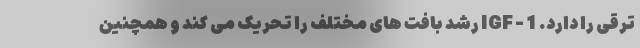
ترقی را دارد. IGF - 1 رشد بافت های مختلف را تحریک می کند و همچنین